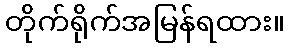
တိုက်ရိုက်အမြန်ရထား။